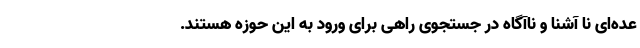
عده‌ای نا آشنا و ناآگاه در جستجوی راهی برای ورود به این حوزه هستند.